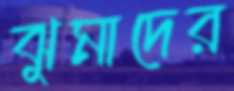
ঝুমাদের